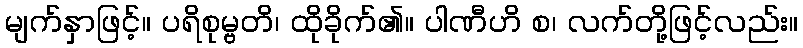
မျက်နှာဖြင့်။ ပရိစုမ္ဗတိ၊ ထိုခိုက်၏။ ပါဏီဟိ စ၊ လက်တို့ဖြင့်လည်း။